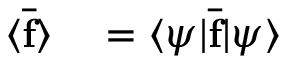
\begin{array} { r l } { \langle \overline { { \mathbf { f } } } \rangle } & { { } = \langle \psi | \overline { { \mathbf { f } } } | \psi \rangle } \end{array}